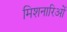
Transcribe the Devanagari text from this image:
मिशनारिओं